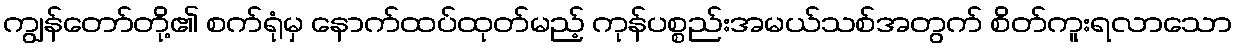
ကျွန်တော်တို့၏ စက်ရုံမှ နောက်ထပ်ထုတ်မည့် ကုန်ပစ္စည်းအမယ်သစ်အတွက် စိတ်ကူးရလာသော